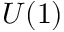
U ( 1 )